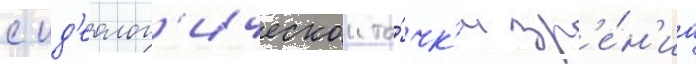
с ид'еолог'ическои то́чк'и зр'е́н'иа